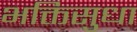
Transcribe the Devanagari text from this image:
भक्तिसुधा